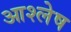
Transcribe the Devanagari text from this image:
आश्लेष